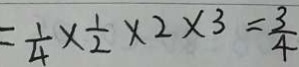
= \frac { 1 } { 4 } \times \frac { 1 } { 2 } \times 2 \times 3 = \frac { 3 } { 4 }